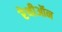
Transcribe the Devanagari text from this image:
रेथीऑन